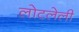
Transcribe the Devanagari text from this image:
लोटलेली